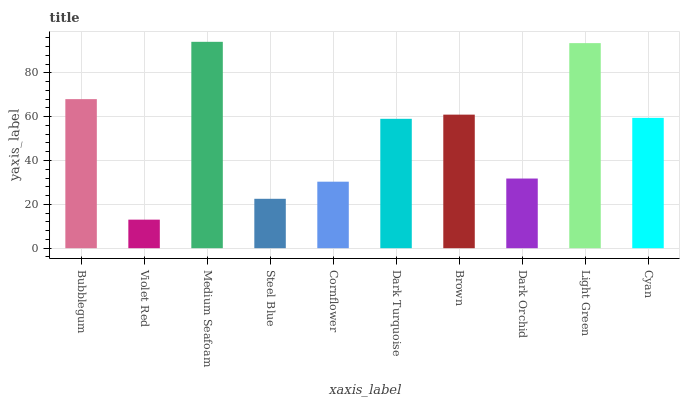
| xaxis_label | bars |
 | --- | --- |
 | Bubblegum | 68 |
 | Violet Red | 13 |
 | Medium Seafoam | 94.2 |
 | Steel Blue | 22.5 |
 | Cornflower | 30.3 |
 | Dark Turquoise | 59 |
 | Brown | 60.9 |
 | Dark Orchid | 31.8 |
 | Light Green | 93.6 |
 | Cyan | 59.5 |